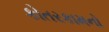
કોતરકામનો